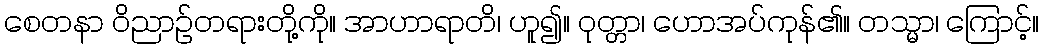
စေတနာ ဝိညာဉ်တရားတို့ကို။ အာဟာရာတိ၊ ဟူ၍။ ဝုတ္တာ၊ ဟောအပ်ကုန်၏။ တသ္မာ၊ ကြောင့်။